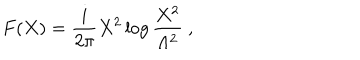
F ( X ) = \frac { i } { 2 \pi } X ^ { 2 } \log \frac { X ^ { 2 } } { \Lambda ^ { 2 } } \ ,